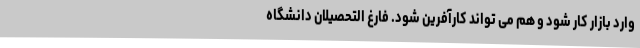
وارد بازار کار شود و هم می تواند کارآفرین شود. فارغ التحصیلان دانشگاه